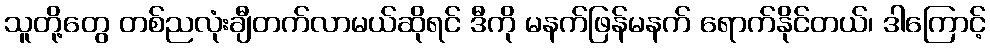
သူတို့တွေ တစ်ညလုံးချီတက်လာမယ်ဆိုရင် ဒီကို မနက်ဖြန်မနက် ရောက်နိုင်တယ်၊ ဒါကြောင့်